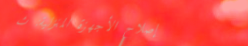
إصلاح الأجهزة المنزلية: ث